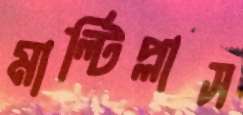
মাল্টিপ্লাস